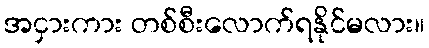
အငှားကား တစ်စီးလောက်ရနိုင်မလား။